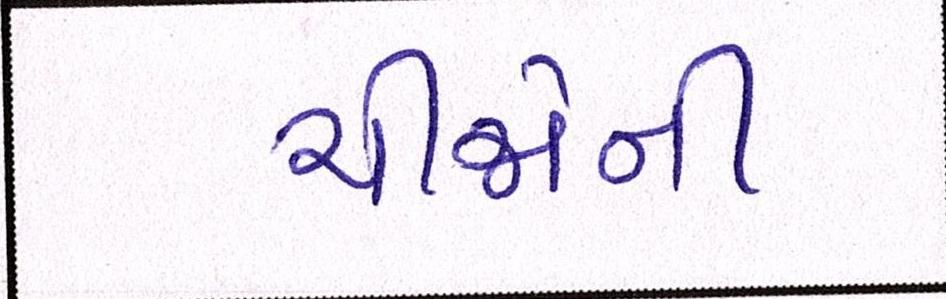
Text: ચીજોની